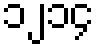
၁၂၁၄